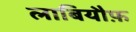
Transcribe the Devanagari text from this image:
लाबियौफ़